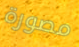
مصورة